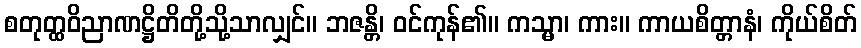
စတုတ္ထဝိညာဏဋ္ဌိတိတို့သို့သာလျှင်။ ဘဇန္တိ၊ ဝင်ကုန်၏။ ကသ္မာ၊ ကား။ ကာယစိတ္တာနံ၊ ကိုယ်စိတ်